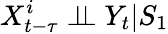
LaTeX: X_{t-\tau}^{i}\perp\! \! \! \perp Y_{t}|S_{1}